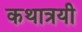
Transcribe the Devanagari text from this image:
कथात्रयी